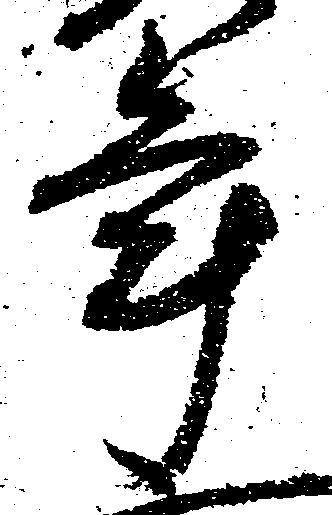
年